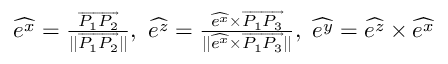
\begin{array} { r } { \widehat { e ^ { x } } = \frac { \overrightarrow { P _ { 1 } P _ { 2 } } } { \vert \vert \overrightarrow { P _ { 1 } P _ { 2 } } \vert \vert } , \ \widehat { e ^ { z } } = \frac { \widehat { e ^ { x } } \times \overrightarrow { P _ { 1 } P _ { 3 } } } { \vert \vert \widehat { e ^ { x } } \times \overrightarrow { P _ { 1 } P _ { 3 } } \vert \vert } , \ \widehat { e ^ { y } } = \widehat { e ^ { z } } \times \widehat { e ^ { x } } } \end{array}